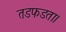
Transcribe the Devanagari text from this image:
तडफडता।